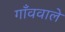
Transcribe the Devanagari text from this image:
गाँववाले